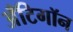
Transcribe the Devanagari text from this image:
अँटिगॉन